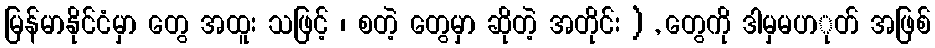
မြန်မာနိုင်ငံမှာ တွေ အထူး သဖြင့် ၊ စတဲ့ တွေမှာ ဆိုတဲ့ အတိုင်း ) , တွေကို ဒါမှမပာုတ် အဖြစ်